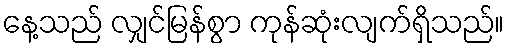
နေ့သည် လျှင်မြန်စွာ ကုန်ဆုံးလျက်ရှိသည်။